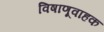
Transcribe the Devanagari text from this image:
विषाणूवाहक